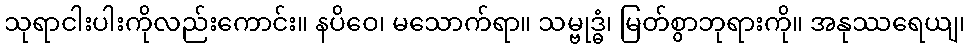
သုရာငါးပါးကိုလည်းကောင်း။ နပိဝေ၊ မသောက်ရာ။ သမ္ဗုဒ္ဓံ၊ မြတ်စွာဘုရားကို။ အနုဿရေယျ၊